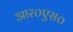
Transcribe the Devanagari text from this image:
आर०एस०